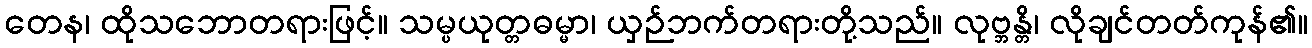
တေန၊ ထိုသဘောတရားဖြင့်။ သမ္ပယုတ္တဓမ္မာ၊ ယှဉ်ဘက်တရားတို့သည်။ လုဗ္ဘန္တိ၊ လိုချင်တတ်ကုန်၏။